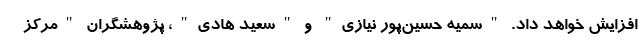
افزایش خواهد داد. "سمیه حسین‌پور نیازی" و "سعید هادی"، پژوهشگران "مرکز